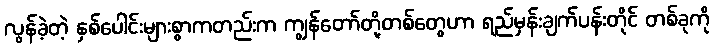
လွန်ခဲ့တဲ့ နှစ်ပေါင်းများစွာကတည်းက ကျွန်တော်တို့တစ်တွေဟာ ရည်မှန်းချက်ပန်းတိုင် တစ်ခုကို